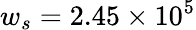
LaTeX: w_{s}=2.45\times 10^{5}